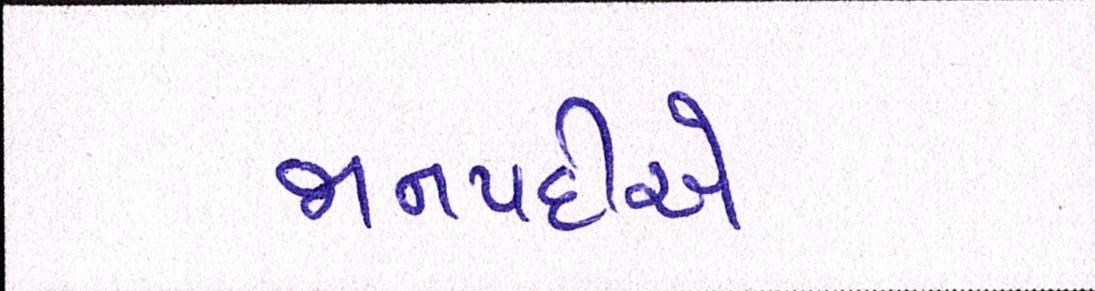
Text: જાનપદીએ